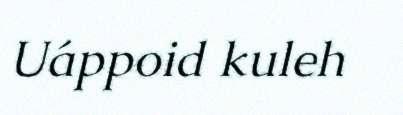
Uáppoid kuleh